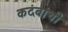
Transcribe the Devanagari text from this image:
कदंबांची